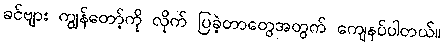
ခင်ဗျား ကျွန်တော့်ကို လိုက် ပြခဲ့တာတွေအတွက် ကျေနပ်ပါတယ်။